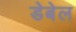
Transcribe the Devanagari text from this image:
डेबेल